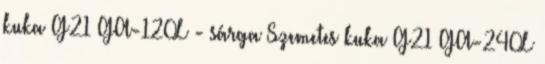
kuka G21 GA-120L - sárga Szemetes kuka G21 GA-240L